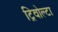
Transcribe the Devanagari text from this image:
ट्रिवोल्‍टा